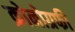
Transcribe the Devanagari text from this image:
क्रोनोग्रफी